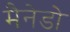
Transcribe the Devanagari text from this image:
मैनेडो